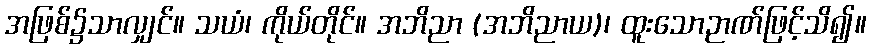
အဖြစ်၌သာလျှင်။ သယံ၊ ကိုယ်တိုင်။ အဘိညာ (အဘိညာယ)၊ ထူးသောဉာဏ်ဖြင့်သိ၍။